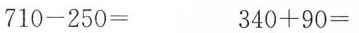
710-250= 340+90=